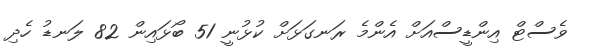
ވެސްޓް އިންޑީސްއަށް އެންމެ ރަނގަޅަށް ކުޅުނީ 51 ބޯޅައިން 82 ލަނޑު ހެދި